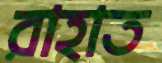
রাহাত